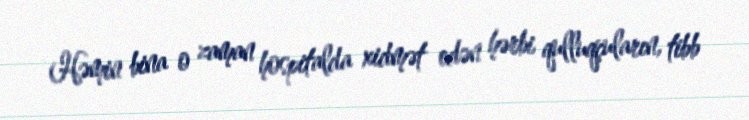
Həmin bina o zaman hospitalda xidmət edən hərbi qulluqçuların, tibb